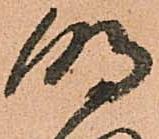
明